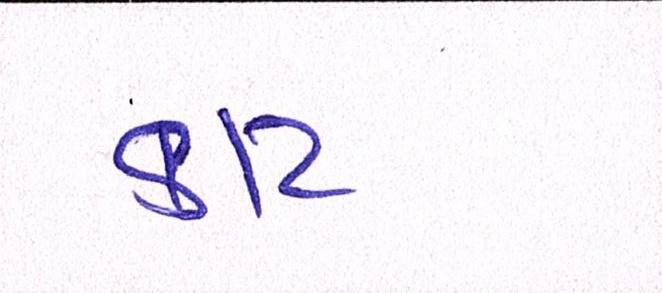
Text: કાટ